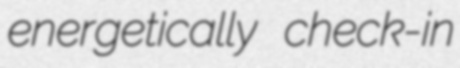
energetically check-in